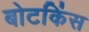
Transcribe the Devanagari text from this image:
बोटकिंस